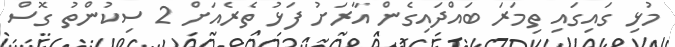
މުޅި ގައިގައި ތިމަރަ ބައްދައިގެން އާރަށު ފަޅު ތެރެއަށް 2 ސިކުންތު ގޮސް